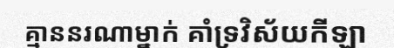
គ្មាននរណាម្នាក់ គាំទ្រវិស័យកីឡា